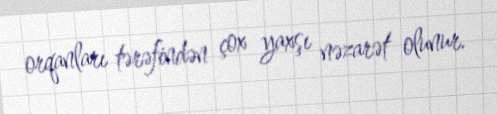
orqanları tərəfindən çox yaxşı nəzarət olunur.